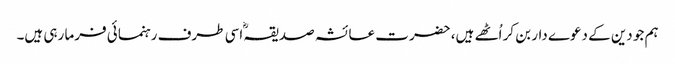
ہم جو دین کے دعوے دار بن کر اُٹھے ہیں، حضرت عائشہ صدیقہؓ اسی طرف رہنمائی فرما رہی ہیں۔